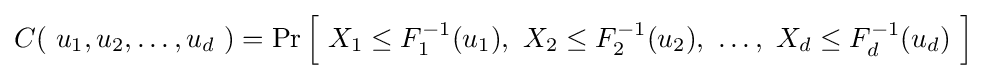
C\!\left(\ u_{1},u_{2},\dots ,u_{d}\ \right)=\Pr {\Bigl [}\ X_{1}\leq F_{1}^{-1}(u_{1}),\ X_{2}\leq F_{2}^{-1}(u_{2}),\ \dots ,\ X_{d}\leq F_{d}^{-1}(u_{d})\ {\Bigr ]}~